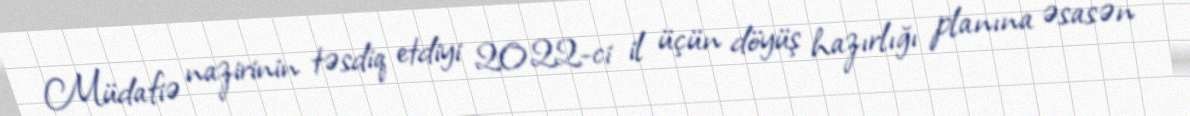
Müdafiə nazirinin təsdiq etdiyi 2022-ci il üçün döyüş hazırlığı planına əsasən